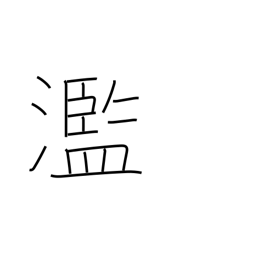
Meaning: excessive